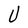
Character: U